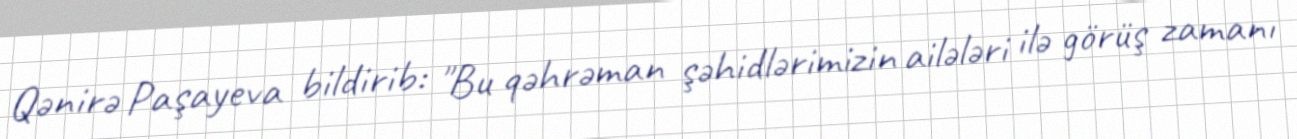
Qənirə Paşayeva bildirib: "Bu qəhrəman şəhidlərimizin ailələri ilə görüş zamanı